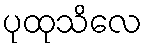
ပုထုသိလေ